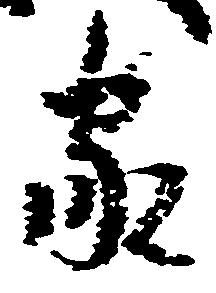
家